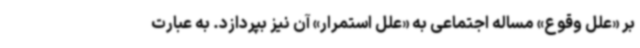
بر «علل وقوع» مساله اجتماعی به «علل استمرار» آن نیز بپردازد. به عبارت